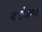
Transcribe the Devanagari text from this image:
बदोआब